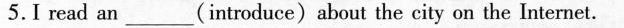
5.I read an___(introduce)about the city on the Internet.